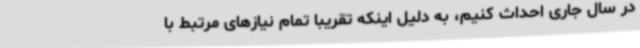
در سال جاری احداث کنیم، به دلیل اینکه تقریباً تمام نیازهای مرتبط با